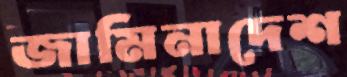
জামিনাদেশ